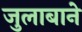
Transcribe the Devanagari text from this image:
जुलाबाने